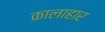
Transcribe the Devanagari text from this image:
कालाहार